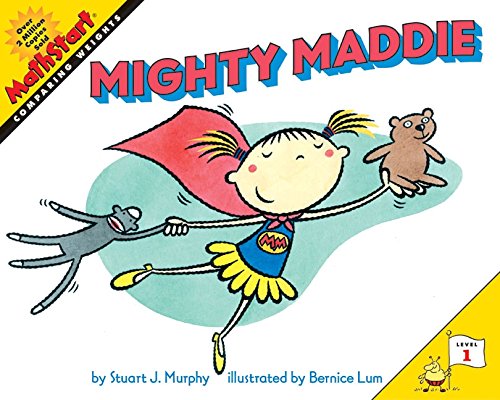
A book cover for Mighty Maddie (MathStart 1); Stuart J. Murphy; Children's Books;